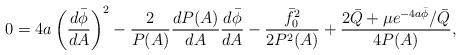
\begin{align*}0=4a \left(\frac{d\bar{\phi}}{dA}\right)^2-\frac{2}{P(A)}\frac{dP(A)}{dA} \frac{d\bar{\phi}}{dA}-\frac{\bar{f}_0^2} {2P^2(A)}+\frac{2 \bar{Q} +\mu e^{-4a \bar{\phi}}/\bar{Q}}{4P(A)} ,\end{align*}